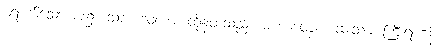
ရောက်သောအခါ၌။ သာ ဒေဝတာ၊ ထိုနတ်သည်။ မဟာဝေဇ္ဇ၊ ဆေးသမားကြီးရဟန်း။